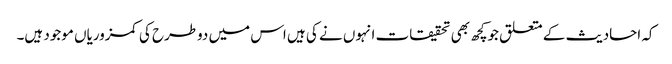
کہ احادیث کے متعلق جوکچھ بھی تحقیقات انہوں نے کی ہیں اس میں دوطرح کی کمزوریاں موجود ہیں۔